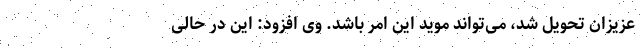
عزیزان تحویل شد، می‌تواند موید این امر باشد. وی افزود: این در حالی